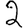
Digit: 2